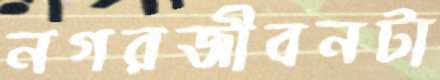
নগরজীবনটা